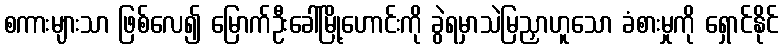
စကားများသာ ဖြစ်လေ၍ မြောက်ဦးခေါ်မြို့ဟောင်းကို ခွဲရမှာသဲမြညှာဟူသော ခံစားမှုကို ရှောင်နိုင်